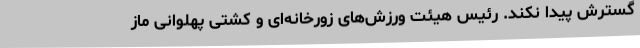
گسترش پیدا نکند. رئیس هیئت ورزش‌های زورخانه‌ای و کشتی پهلوانی ماز